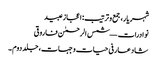
شہر یار، جمع و ترتیب: اعجاز عبید
نوادرات — شمس الرحمٰن فاروقی
شاد عارفی حیات و جہات، جلد دوم ۔